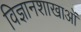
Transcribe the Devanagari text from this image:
विज्ञानशाखाओं